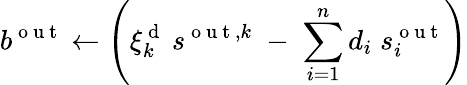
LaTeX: b^{\mathrm{~o~u~t~}}\gets\left(\xi_{k}^{\mathrm{~d~}}\: s^{\mathrm{~o~u~t~},k}\; -\; \sum_{i=1}^{n}d_{i}\; s_{i}^{\mathrm{~o~u~t~}}\right)